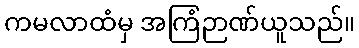
ကမလာထံမှ အကြံဉာဏ်ယူသည်။